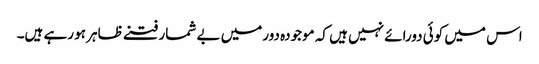
اس میں کوئی دورائے نہیں ہیں کہ موجودہ دورمیں بے شمار فتنے ظاہر ہو رہے ہیں۔